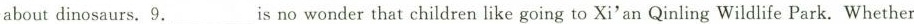
about dinosaurs. 9.___is no wonder that children like going to Xi'an Qinling Wildlife Park. Whether